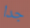
جدا